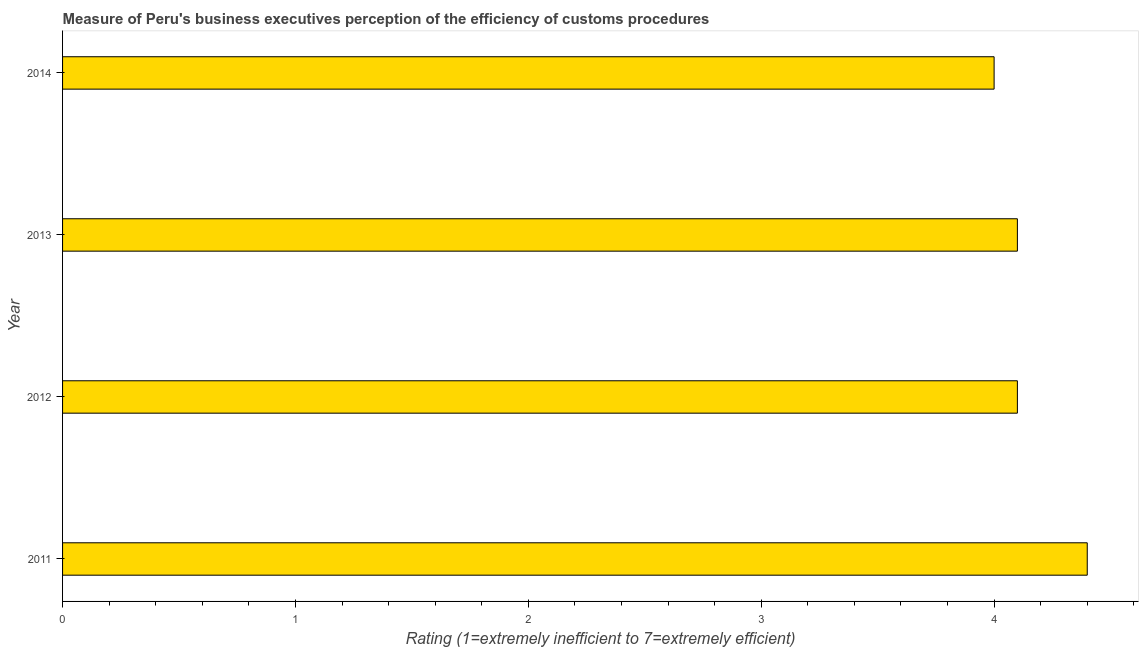
| Year | Burden of customs procedure |
 | --- | --- |
 | 2011 | 4.4 |
 | 2012 | 4.1 |
 | 2013 | 4.1 |
 | 2014 | 4 |